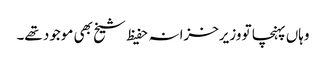
وہاں پہنچا تو وزیرخزانہ حفیظ شیخ بھی موجود تھے۔